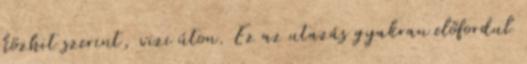
közhit szerint, vizi úton. Ez az utazás gyakran előfordul